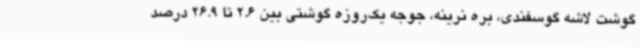
گوشت لاشه گوسفندی، بره نرینه، جوجه یک‌روزه گوشتی بین 2.6 تا 26.9 درصد